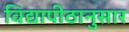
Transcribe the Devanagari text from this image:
विद्यापीठानुसार